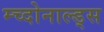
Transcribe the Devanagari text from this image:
म्च्दोनाल्ड्स